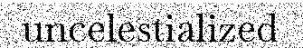
uncelestialized